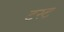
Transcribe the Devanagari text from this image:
टस्ट